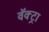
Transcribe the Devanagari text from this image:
वॅक्ट्रा